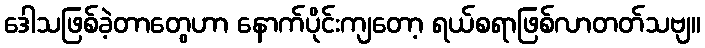
ဒေါသဖြစ်ခဲ့တာတွေဟာ နောက်ပိုင်းကျတော့ ရယ်စရာဖြစ်လာတတ်သဗျ။